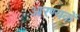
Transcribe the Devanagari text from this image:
आरण्यकें